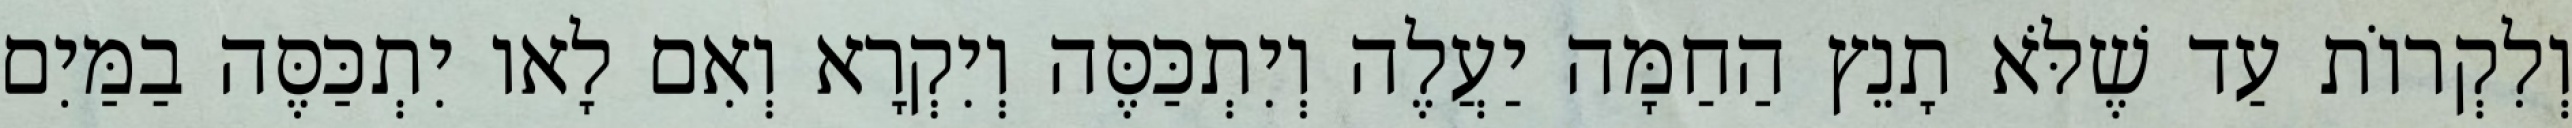
וְלִקְרוֹת עַד שֶׁלֹּא תָנֵץ הַחַמָּה יַעֲלֶה וְיִתְכַּסֶּה וְיִקְרָא וְאִם לָאו יִתְכַּסֶּה בַמַּיִם